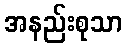
အနည်းစုသာ